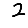
Digit: 2